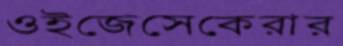
ওইজেসেকেরার